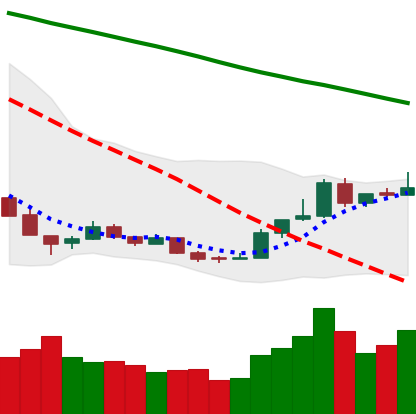
Ticker: BTC-USD
Chart end date: 2018-12-24
Forward return: -6.33%
Label: down_5_7